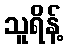
သူရိန့်